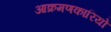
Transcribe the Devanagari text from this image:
आक्रमणकारियो